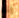
إنه